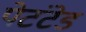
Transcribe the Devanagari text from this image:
पेटंटेड